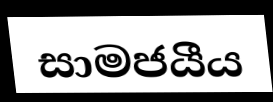
සාමජයීය